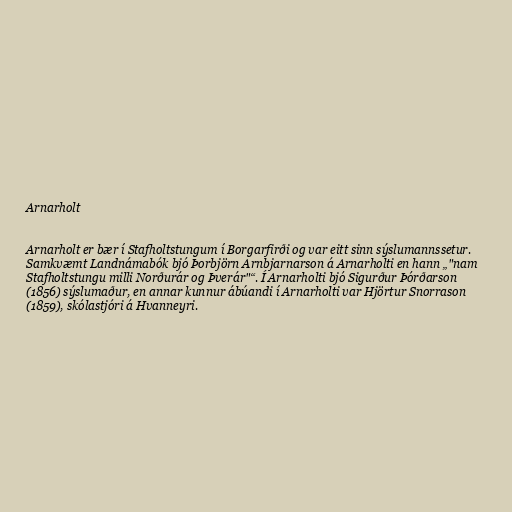
Arnarholt

Arnarholt er bær í Stafholtstungum í Borgarfirði og var eitt sinn sýslumannssetur.
Samkvæmt Landnámabók bjó Þorbjörn Arnbjarnarson á Arnarholti en hann „"nam
Stafholtstungu milli Norðurár og Þverár"“. Í Arnarholti bjó Sigurður Þórðarson
(1856) sýslumaður, en annar kunnur ábúandi í Arnarholti var Hjörtur Snorrason
(1859), skólastjóri á Hvanneyri.